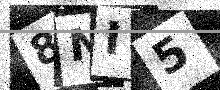
Text: 8NI5